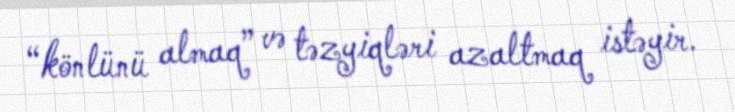
“könlünü almaq” və təzyiqləri azaltmaq istəyir.